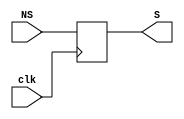
`timescale 1ns/1ps
module SR (
    input clk,
    input [3:0] NS,
    output reg [3:0] S
);
    initial begin
        S = 0;
        #10;
    end
    always @(posedge clk ) begin
        S <= NS;
    end
    
endmodule